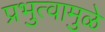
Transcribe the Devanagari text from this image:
प्रभुत्वामुळे